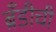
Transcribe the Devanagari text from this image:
ब्रँडीची